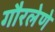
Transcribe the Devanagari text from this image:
गौरलेणे